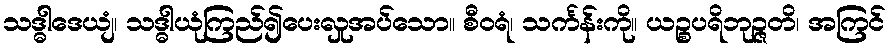
သဒ္ဓါဒေယျံ၊ သဒ္ဓါယုံကြည်၍ပေးလှုအပ်သော။ စီဝရံ၊ သင်္ကန်းကို။ ယဉ္စပရိဘုဉ္ဇတိ၊ အကြင်